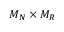
M _ { N } \times M _ { R }